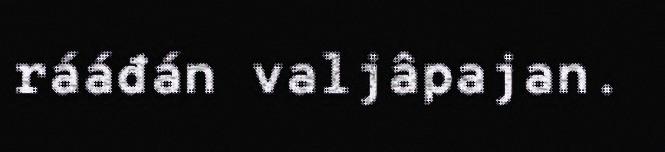
rááđán valjâpajan.